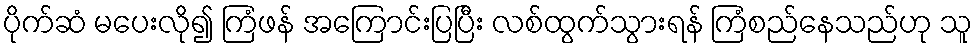
ပိုက်ဆံ မပေးလို၍ ကြံဖန် အကြောင်းပြပြီး လစ်ထွက်သွားရန် ကြံစည်နေသည်ဟု သူ